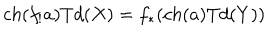
c h ( f _ { ! } a ) T d ( X ) = f _ { * } ( c h ( a ) T d ( Y ) )